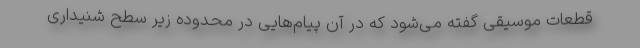
قطعات موسیقی گفته می‌شود که در آن پیام‌هایی در محدوده‌ زیر سطح شنیداری